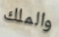
والملك